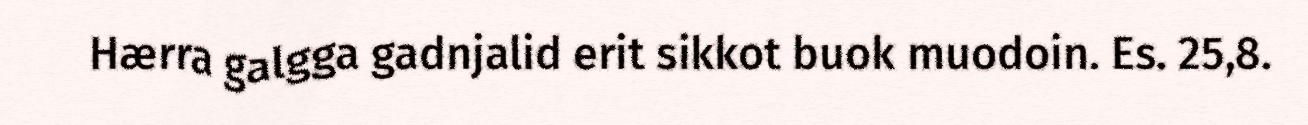
Hærra galgga gadnjalid erit sikkot buok muodoin. Es. 25,8.